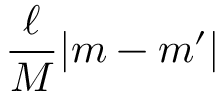
\frac { \ell } { M } | m - m ^ { \prime } |